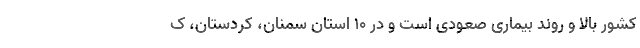
کشور بالا و روند بیماری صعودی است و در ۱۰ استان سمنان، کردستان، ک